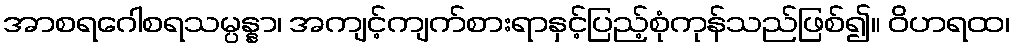
အာစရဂေါစရသမ္ပန္နာ၊ အကျင့်ကျက်စားရာနှင့်ပြည့်စုံကုန်သည်ဖြစ်၍။ ဝိဟရထ၊